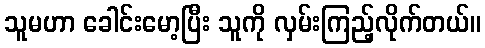
သူမဟာ ခေါင်းမော့ပြီး သူကို လှမ်းကြည့်လိုက်တယ်။